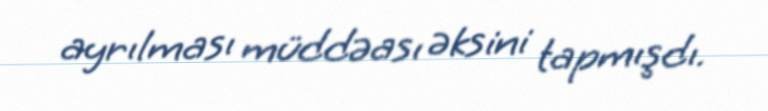
ayrılması müddəası əksini tapmışdı.